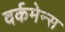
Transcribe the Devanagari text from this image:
वर्कमेन्स